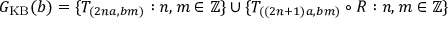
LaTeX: G _ { \mathrm { K B } } ( b ) = \{ T _ { ( 2 n a , b m ) } : n , m \in \mathbb { Z } \} \cup \{ T _ { ( ( 2 n + 1 ) a , b m ) } \circ R : n , m \in \mathbb { Z } \}